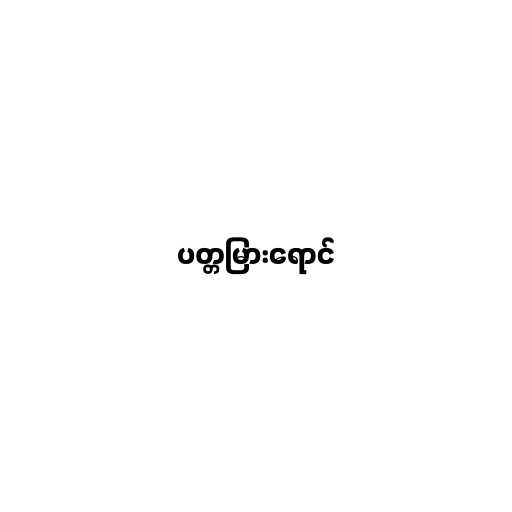
ပတ္တမြားရောင်